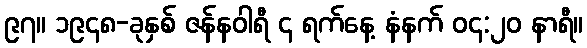
၉၇။ ၁၉၄၈-ခုနှစ် ဇန်နဝါရီ ၄ ရက်နေ့ နံနက် ၀၄:၂၀ နာရီ။